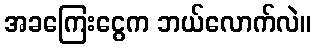
အခကြေးငွေက ဘယ်လောက်လဲ။